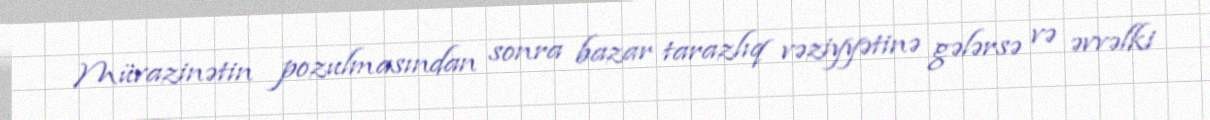
Müvazinətin pozulmasından sonra bazar tarazlıq vəziyyətinə gələrsə və əvvəlki